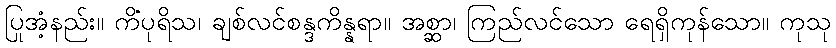
ပြုအံ့နည်း။ ကိံပုရိသ၊ ချစ်လင်စန္ဒကိန္နရာ။ အစ္ဆာ၊ ကြည်လင်သော ရေရှိကုန်သော။ ကုသု